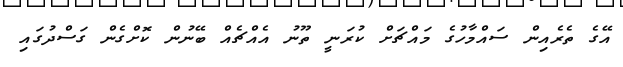
އޭގެ ތެރެއިން ސައްމާހުގެ މައްޗަށް ކުރަނީ ތޫނު އެއްޗެއް ބޭނުން ކޮށްގެން ގަސްދުގައި